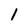
Character: 1